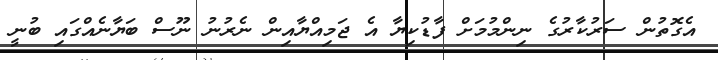
އެގޮތުން ސަރުކާރުގެ ނިންމުމަށް ފާޑުކިޔާ އެ ޖަމިއްޔާއިން ނެރުނު ނޫސް ބަޔާނެއްގައި ބުނީ